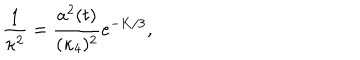
\frac { 1 } { \kappa ^ { 2 } } = \frac { a ^ { 2 } ( t ) } { ( \kappa _ { 4 } ) ^ { 2 } } e ^ { - K / 3 } ,